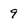
Character: 9